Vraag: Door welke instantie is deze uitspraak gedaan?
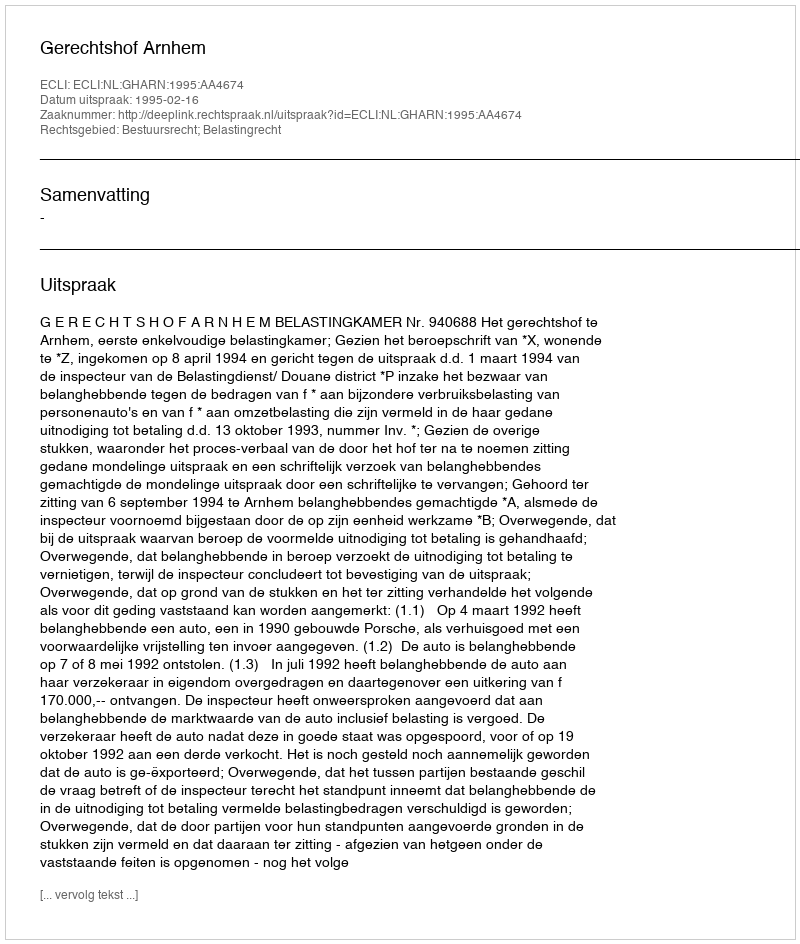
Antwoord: Gerechtshof Arnhem